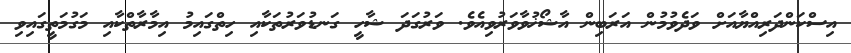
އިސްކަންދަރިއްޔާއަށް ވަދެވުމުން އަރަބިން އާޝޯޚުވާވަރުވިއެވެ. ވަރުގަދަ ޝާހީ ގަނޑުވަރުތަކާއި ހިތްގައިމު އިމާރާތްކާއި މަގުމަތީގައިވި